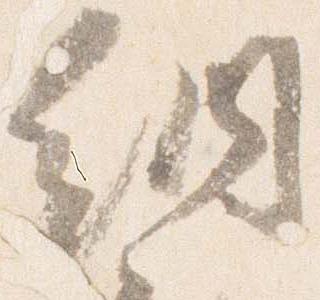
納